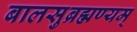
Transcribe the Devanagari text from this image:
बालसुब्रह्मण्यम्